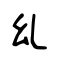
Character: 乣